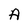
Character: A